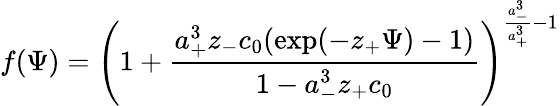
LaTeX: f(\Psi)=\left(1+\frac{a_{+}^{3}z_{-}c_{0}(\exp(-z_{+}\Psi)-1)}{1-a_{-}^{3}z_{+}c_{0}}\right)^{\frac{a_{-}^{3}}{a_{+}^{3}}-1}